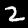
Digit: 2